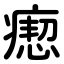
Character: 瘛